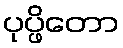
ပုပ္ဖိတော